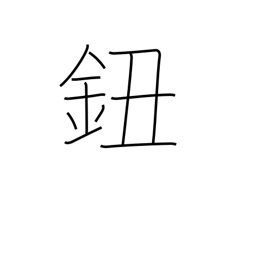
Meaning: button